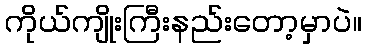
ကိုယ်ကျိုးကြီးနည်းတော့မှာပဲ။